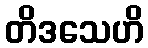
တိဒသေဟိ